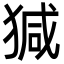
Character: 㺂